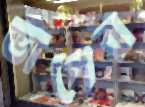
ভাগের